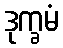
ဒုက္ခမံ